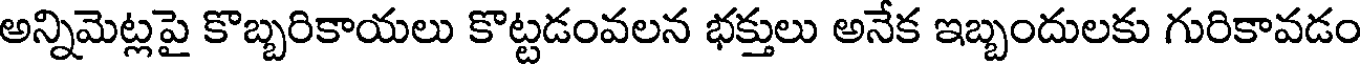
అన్నిమెట్లపై కొబ్బరికాయలు కొట్టడంవలన భక్తులు అనేక ఇబ్బందులకు గురికావడం